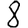
Digit: 8